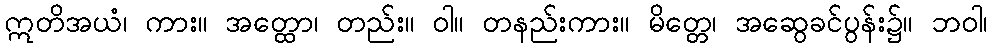
ဣတိအယံ၊ ကား။ အတ္ထော၊ တည်း။ ဝါ။ တနည်းကား။ မိတ္တေ၊ အဆွေခင်ပွန်း၌။ ဘဝါ၊